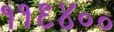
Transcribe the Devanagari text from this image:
११९४००